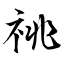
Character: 祧